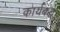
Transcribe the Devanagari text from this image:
कार्यबद्ध